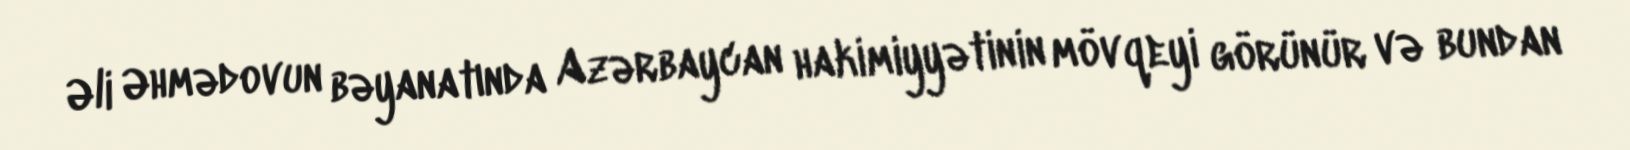
Əli Əhmədovun bəyanatında Azərbaycan hakimiyyətinin mövqeyi görünür və bundan